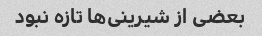
بعضی از شیرینی‌ها تازه نبود